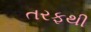
તરફથી